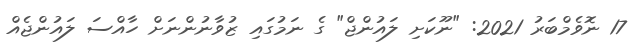
17 ނޮވެމްބަރު 2021: "ނޫކަށި ލައުންޖް" ގެ ނަމުގައި ޒުވާނުންނަށް ހާއްސަ ލައުންޖެއް